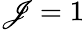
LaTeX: \mathscr{J}=1